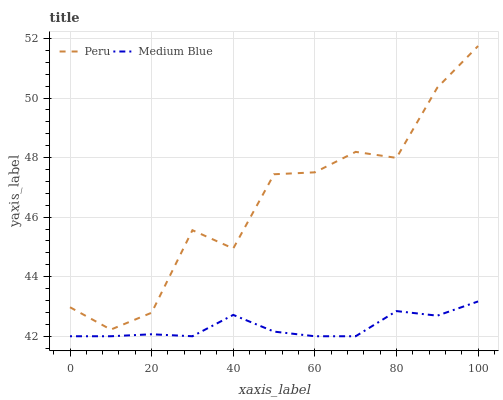
| xaxis_label | Peru | Medium Blue |
 | --- | --- | --- |
 | 0 | 43 | 42 |
 | 10 | 42.2 | 42 |
 | 20 | 42.8 | 42.1 |
 | 30 | 45.6 | 42 |
 | 40 | 44.9 | 42.7 |
 | 50 | 47.4 | 42.2 |
 | 60 | 47.5 | 42 |
 | 70 | 48.2 | 42 |
 | 80 | 48 | 42.8 |
 | 90 | 50.3 | 42.7 |
 | 100 | 51.7 | 43.2 |